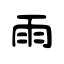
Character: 雨